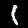
Digit: 1